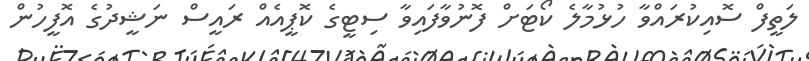
ލަތީފް ސޮއިކުރައްވާ ހުޅުމާލެ ކޯޓަށް ފޮނުވާފައިވާ ސިޓީގެ ކޮޕީއެއް ރައީސް ނަޝީދުގެ އޮފީހުން